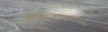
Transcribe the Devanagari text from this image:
सिक्किमआसामअरुणाचल